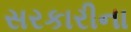
સરકારીના